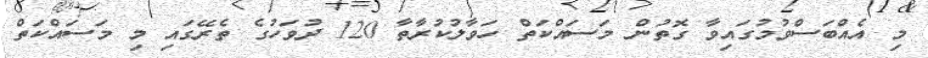
މި އެއްބަސްވުމުގައިވާ ގޮތުން މަސައްކަތް ހަވާލުކުރާތާ 120 ދުވަހުގެ ތެރޭގައި މި މަސައްކަތް